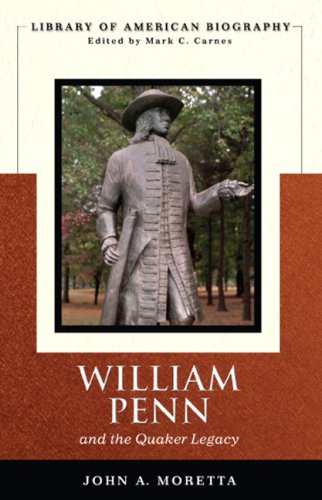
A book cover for William Penn and the Quaker Legacy (Library of American Biography Series); John Moretta; Christian Books & Bibles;